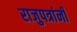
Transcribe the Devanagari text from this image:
राजुपत्रांनी